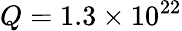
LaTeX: Q=1.3\times 10^{22}